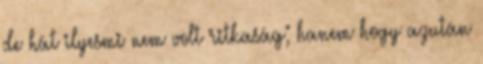
de hát ilyesmi nem volt ritkaság; hanem hogy azután